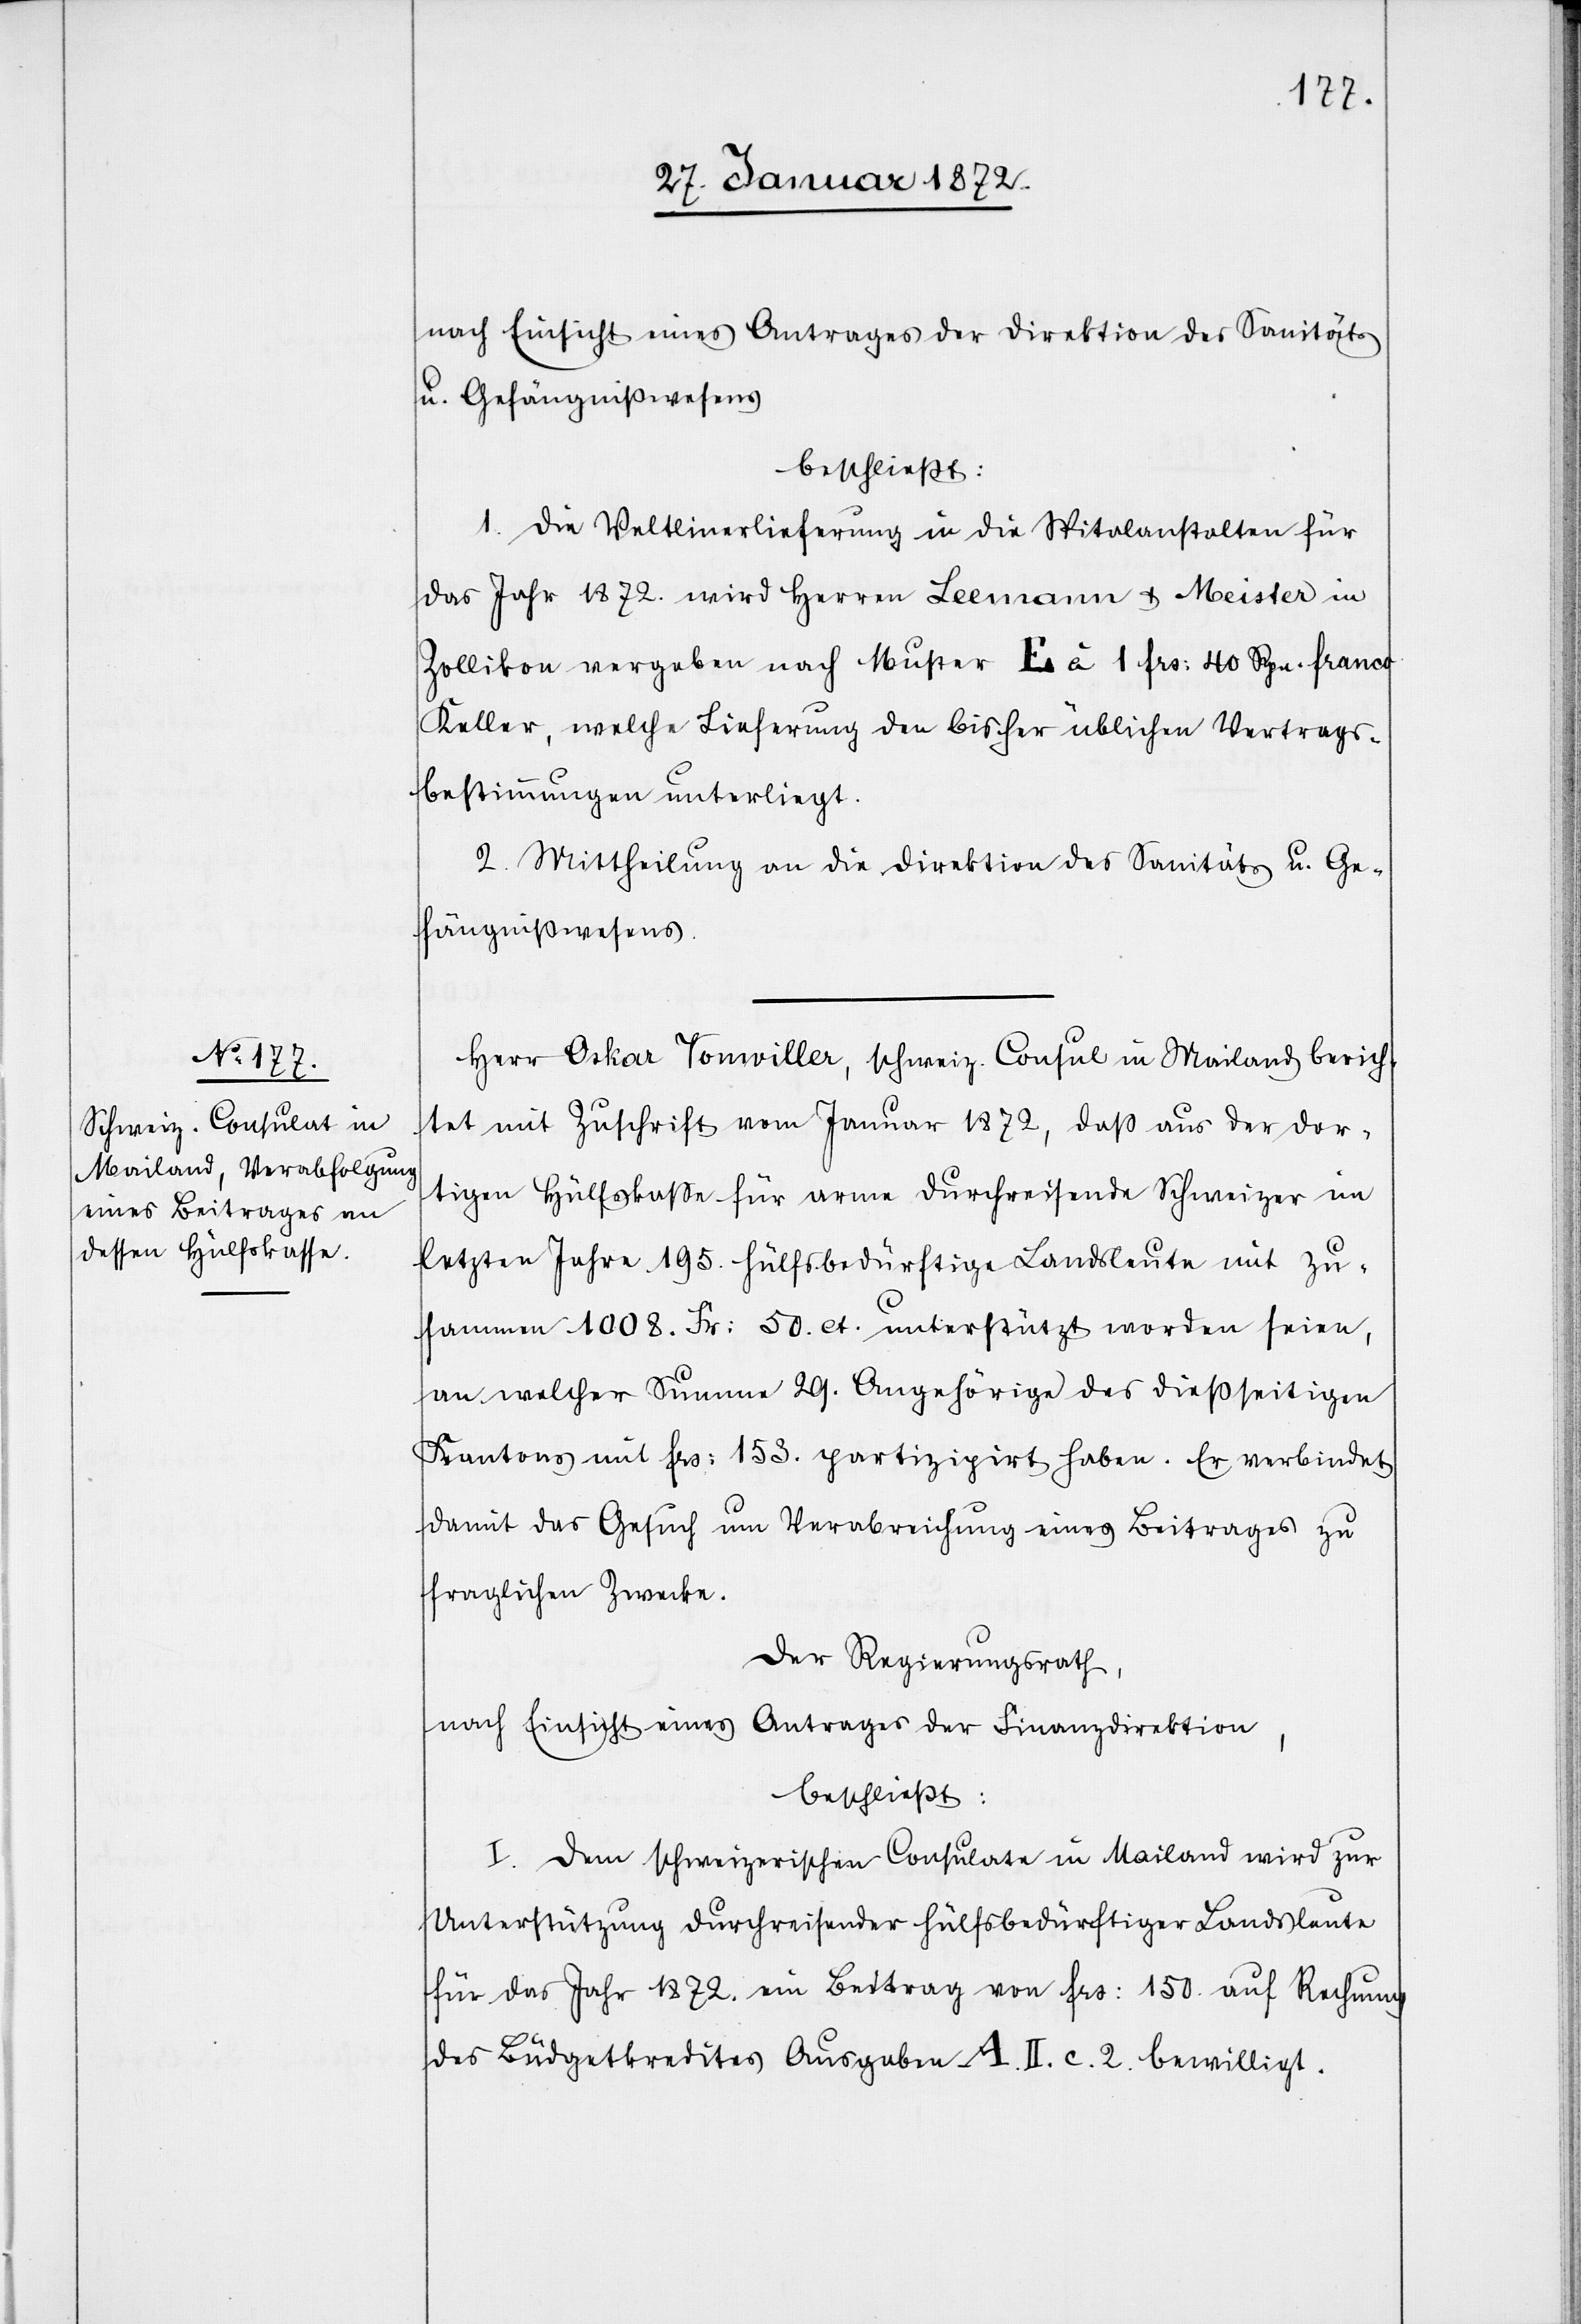
nach Einsicht eines Antrages der Direktion des Sanitäts
u. Gefängnißwesens
beschließt:
1. Die Veltlinerlieferung in die Spitalanstalten für
das Jahr 1872. wird Herren Leemann & Meister in
Zollikon vergeben nach Muster E à 1 frs: 40 Rpn. franco
Keller, welche Lieferung den bisher üblichen Vertrags¬
bestimmungen unterliegt.
2. Mittheilung an die Direktion des Sanitäts u. Ge¬
fängnißwesens.
Herr Oskar Tonwiller, schweiz. Consul in Mailand berich¬
tet mit Zuschrift vom Januar 1872. daß aus der dor¬
tigen Hülfskasse für arme durchreisende Schweizer im
letzten Jahre 195. hülfsbedürftige Landsleute mit zu¬
sammen 1008. Fr. 50. ct. unterstützt worden seien,
an welcher Summe 29. Angehörige des dießseitigen
Kantons mit frs. 153. partizipirt haben. Er verbindet
damit das Gesuch um Verabreichung eines Beitrages zu
fraglichen Zwecke
Der Regierungsrath,
nach Einsicht eines Antrages der Finanzdirektion,
beschließt:
I. Dem schweizerischen Consulate in Mailand wird zur
Unterstützung durchreisender hülfsbedürftiger Landsleute
für das Jahr 1872. ein Beitrag von frs. 150. auf Rechnung
des Büdgetkredites Ausgaben A.II.c.2. bewilligt.